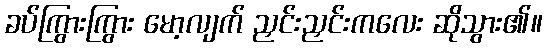
ခပ်ကြွားကြွား မော့လျက် ညှင်းညှင်းကလေး ဆိုသွား၏။